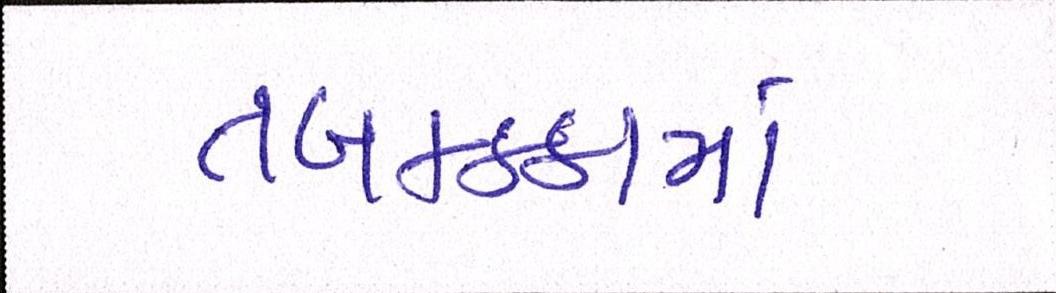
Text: તબકક્કામાં